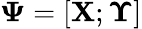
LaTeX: \boldsymbol{\Psi}=[\mathbf{X};\boldsymbol{\Upsilon}]